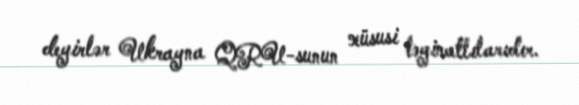
deyirlər Ukrayna QRU-sunun xüsusi təyinatlılarıdır.